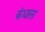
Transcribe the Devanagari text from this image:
कंधाल